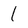
Character: l